system: You are a helpful assistant.
user:
Analyze the provided spectrum to determine if it is a **S-type Star**.

- **Key Indicators for S-type Star:**

    - **(Overall Spectrum Shape):** The first and most obvious characteristic is the overall continuum (the "baseline" shape). It is **extremely "red-sloping,"** meaning the flux (light intensity) is very low on the left side (blue, ~4000-4500 Å) and rises steeply and continuously toward the right side (red, ~7000 Å+).

    - **(Primary):** The spectrum is defined by the presence of strong, broad molecular absorption "valleys" (bands) from **Zirconium Oxide (ZrO)**. The identification of these bands is the **primary requirement** for classifying a star as S-type.
        - **(Key Bandheads):** You must find distinct, deep "dips" where the light has been absorbed. The most critical band systems to locate are:
            - **~6474 Å** ($\gamma$-system): This is often the strongest and clearest ZrO feature, found in the red part of the spectrum.
            - **~5718 Å** & **~5551 Å** ($\beta$-system): A pair of prominent absorption features in the yellow-orange part of the spectrum.
            - **~4640 Å** ($\alpha$-system): A key absorption band system in the blue-green region of the spectrum.

    - **(Secondary Confirmation):** The classification is strengthened by finding additional absorption bands from other related heavy element oxides, which are expected to be present alongside ZrO.
        - **(Key Bandheads):**
            - **Yttrium Oxide (YO):** Look for absorption dips near **~4800 Å** and **~6100 Å**.
            - **Lanthanum Oxide (LaO):** Additional absorption features, particularly in the red-orange part of the spectrum, are also characteristic.

    - **(Line Profile):** The combination of the steep red continuum and these numerous, deep molecular bands (ZrO, YO, etc.) gives the entire spectrum a very **"chopped-up"** or **"bumpy"** appearance. Instead of a smooth curve, the spectrum looks as though large, wide chunks of light have been "carved out" of it at the specific wavelengths listed above.

Think first, call **spectral_visualization_tool** if needed to examine features in detail, then provide your final answer. Your response must adhere to the following strict rules:
1.  **Overall Structure:** Your response must follow the format `<think>...</think> <tool_call>...</tool_call> (if a tool is used) <answer>...</answer>`.
2.  **Tool Usage Constraint:** You may only make **one** tool call per turn.
3.  **Final Answer Format:** In the `<answer>` tag, your conclusion must be inside a `\boxed{}` command (e.g., `\boxed{YES}` or `\boxed{NO}`), followed by your justification.

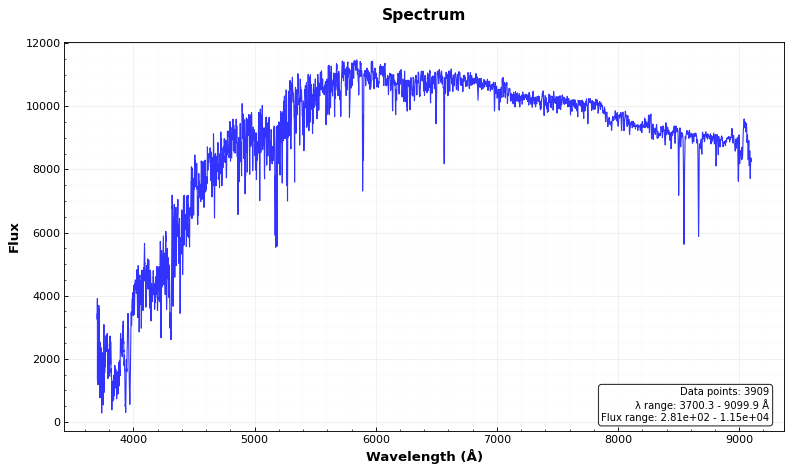
Answer: NO